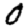
Digit: 0